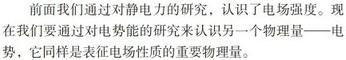
前面我们通过对静电力的研究，认识了电场强度。现在，我们要通过对电场能的研究来认识另一个物理量——电势，它同样是表征电场性质的重要物理量。